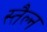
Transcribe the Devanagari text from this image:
स्तैल्न